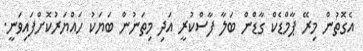
އެގޮތުން މިރޭ ޕާމްޑެކް ގާޑްން ބަލާ ފާސްކުރީ އަދި މިތަނުން ބަޔަކު ހައްޔަރުކޮށްފައިވަނީ.